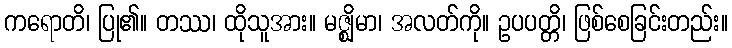
ကရောတိ၊ ပြု၏။ တဿ၊ ထိုသူအား။ မဇ္ဈိမာ၊ အလတ်ကို။ ဥပပတ္တိ၊ ဖြစ်စေခြင်းတည်း။